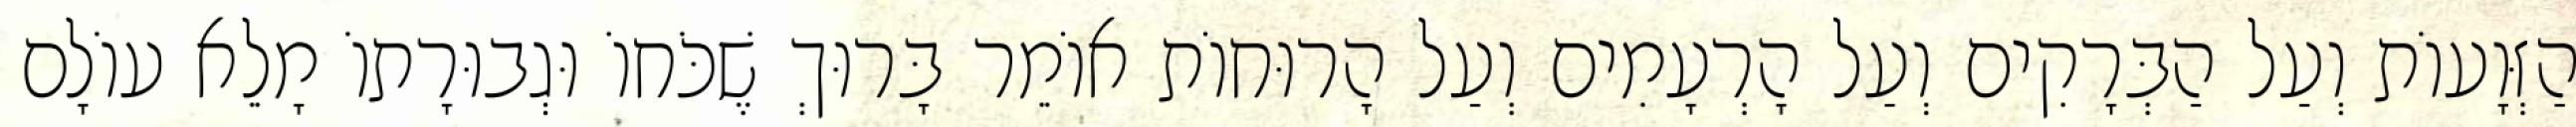
הַזְּוָעוֹת וְעַל הַבְּרָקִים וְעַל הָרְעָמִים וְעַל הָרוּחוֹת אוֹמֵר בָּרוּךְ שֶׁכֹּחוֹ וּגְבוּרָתוֹ מָלֵא עוֹלָם